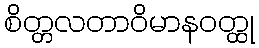
စိတ္တလတာဝိမာနဝတ္ထု